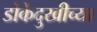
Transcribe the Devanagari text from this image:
डोकेदुखीच्या